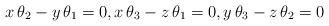
LaTeX: \begin{align*}x\,\theta_2-y\,\theta_1=0,x\,\theta_3-z\,\theta_1=0, y\,\theta_3-z\,\theta_2=0\end{align*}